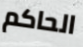
الحاكم